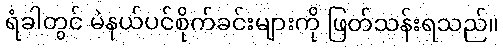
ရံခါတွင် မဲနယ်ပင်စိုက်ခင်းများကို ဖြတ်သန်းရသည်။